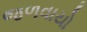
જળવાયો